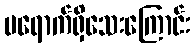
မရောက်ရှိသေးကြောင်း